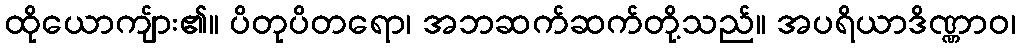
ထိုယောကျ်ား၏။ ပိတုပိတရော၊ အဘဆက်ဆက်တို့သည်။ အပရိယာဒိဏ္ဏာဝ၊